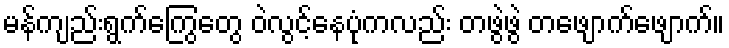
မန်ကျည်းရွက်ကြွေတွေ ဝဲလွင့်နေပုံကလည်း တဖွဲဖွဲ တဖျောက်ဖျောက်။